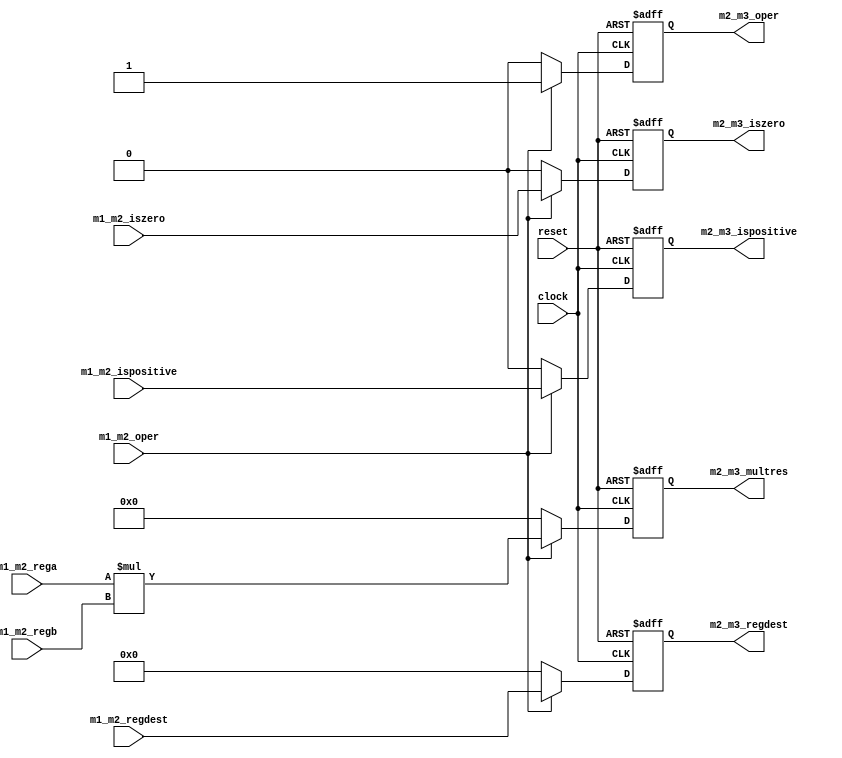
module Mult_2 (
    input clock,
    input reset,

    input m1_m2_oper,

    input [31:0] m1_m2_rega, // First value to be multiplied
    input [31:0] m1_m2_regb, // Second value to be multiplied
    input [4:0] m1_m2_regdest,

    input m1_m2_ispositive,
    input m1_m2_iszero,

    output reg m2_m3_oper,

    output reg [63:0] m2_m3_multres,
    output reg [4:0] m2_m3_regdest,

    output reg m2_m3_ispositive,
    output reg m2_m3_iszero
);

always @(posedge clock or negedge reset) begin
    if (~reset) begin
        m2_m3_oper <= 1'b0;
        m2_m3_multres <= 64'h00000000_00000000;
        m2_m3_regdest <= 5'b00000;
        m2_m3_ispositive <= 1'b0;
        m2_m3_iszero <= 1'b0;
    end else if (~m1_m2_oper) begin
        m2_m3_oper <= 1'b0;
        m2_m3_multres <= 64'h00000000_00000000;
        m2_m3_regdest <= 5'b00000;
        m2_m3_ispositive <= 1'b0;
        m2_m3_iszero <= 1'b0;
    end else begin
        m2_m3_oper <= 1'b1;
        m2_m3_multres <= m1_m2_rega * m1_m2_regb;
        m2_m3_regdest <= m1_m2_regdest;
        m2_m3_ispositive <= m1_m2_ispositive;
        m2_m3_iszero <= m1_m2_iszero;
    end
end

endmodule